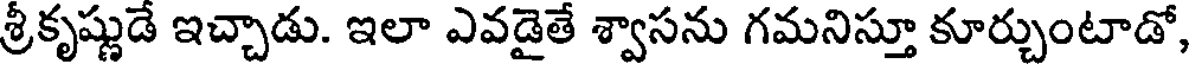
శ్రీకృష్ణుడే ఇచ్చాడు. ఇలా ఎవడైతే శ్వాసను గమనిస్తూ కూర్చుంటాడో,